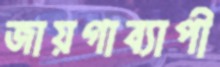
জায়গাব্যাপী